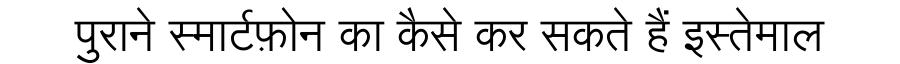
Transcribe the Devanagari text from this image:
पुराने स्मार्टफ़ोन का कैसे कर सकते हैं इस्तेमाल